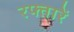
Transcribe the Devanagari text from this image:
रफ्तारें